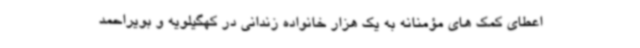
اعطای کمک های مؤمنانه به یک هزار خانواده زندانی در کهگیلویه و بویراحمد